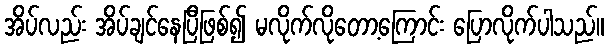
အိပ်လည်း အိပ်ချင်နေပြီဖြစ်၍ မလိုက်လိုတော့ကြောင်း ပြောလိုက်ပါသည်။